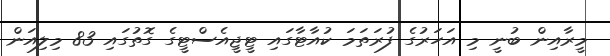
މީރާއިން ބުނީ މި އަހަރުގެ ފުރަތަމަ ކުއާޓާގައި ޓީޖީއެސްޓީގެ ގޮތުގައި 83 މިލިއަން